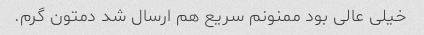
خیلی عالی بود ممنونم سریع هم ارسال شد دمتون گرم.